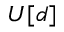
U [ d ]